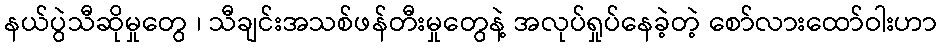
နယ်ပွဲသီဆိုမှုတွေ ၊ သီချင်းအသစ်ဖန်တီးမှုတွေနဲ့ အလုပ်ရှုပ်နေခဲ့တဲ့ စော်လားထော်ဝါးဟာ